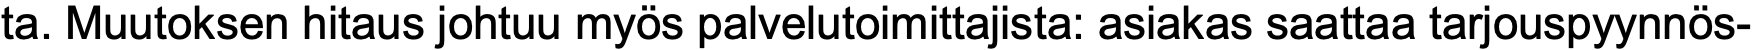
ta. Muutoksen hitaus johtuu myös palvelutoimittajista: asiakas saattaa tarjouspyynnös-